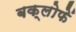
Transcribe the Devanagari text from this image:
बक्लोफें